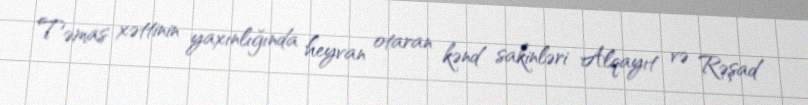
Təmas xəttinin yaxınlığında heyvan otaran kənd sakinləri Alqayıt və Rəşad